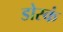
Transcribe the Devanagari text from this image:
डोस्कं